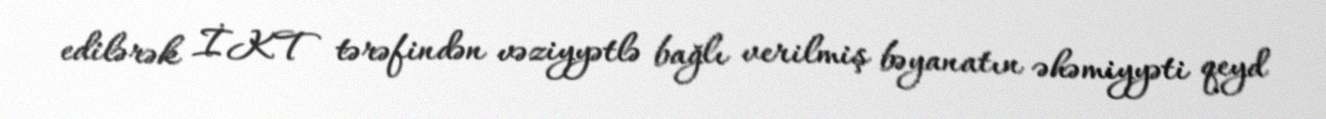
edilərək İKT tərəfindən vəziyyətlə bağlı verilmiş bəyanatın əhəmiyyəti qeyd